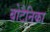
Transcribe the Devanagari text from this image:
बोटैनिका